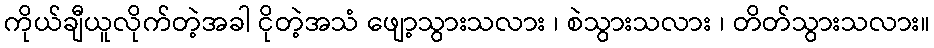
ကိုယ်ချီယူလိုက်တဲ့အခါ ငိုတဲ့အသံ ဖျော့သွားသလား ၊ စဲသွားသလား ၊ တိတ်သွားသလား။